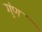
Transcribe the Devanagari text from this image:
गुंण